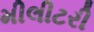
મીલીટરી